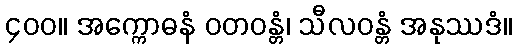
၄၀၀။ အက္ကောဓနံ ဝတဝန္တံ၊ သီလဝန္တံ အနုဿဒံ။